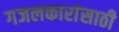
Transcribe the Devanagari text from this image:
गजलकारांसाठी